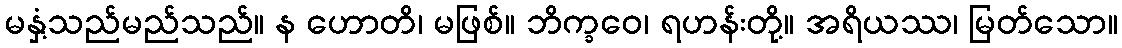
မနှံ့သည်မည်သည်။ န ဟောတိ၊ မဖြစ်။ ဘိက္ခဝေ၊ ရဟန်းတို့။ အရိယဿ၊ မြတ်သော။